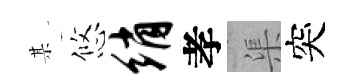
某悠绡孝渠突